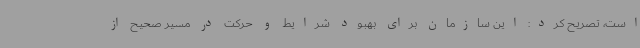
است، تصریح کرد: این سازمان برای بهبود شرایط و حرکت در مسیر صحیح از